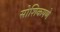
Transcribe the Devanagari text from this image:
सोशिकपणे